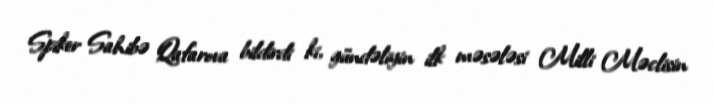
Spiker Sahibə Qafarova bildirdi ki, gündəliyin ilk məsələsi Milli Məclisin